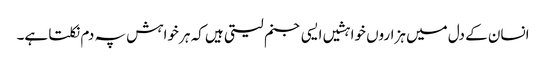
انسان کے دل میں ہزاروں خواہشیں ایسی جنم لیتی ہیں کہ ہر خواہش پہ دم نکلتا ہے۔